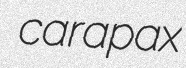
carapax